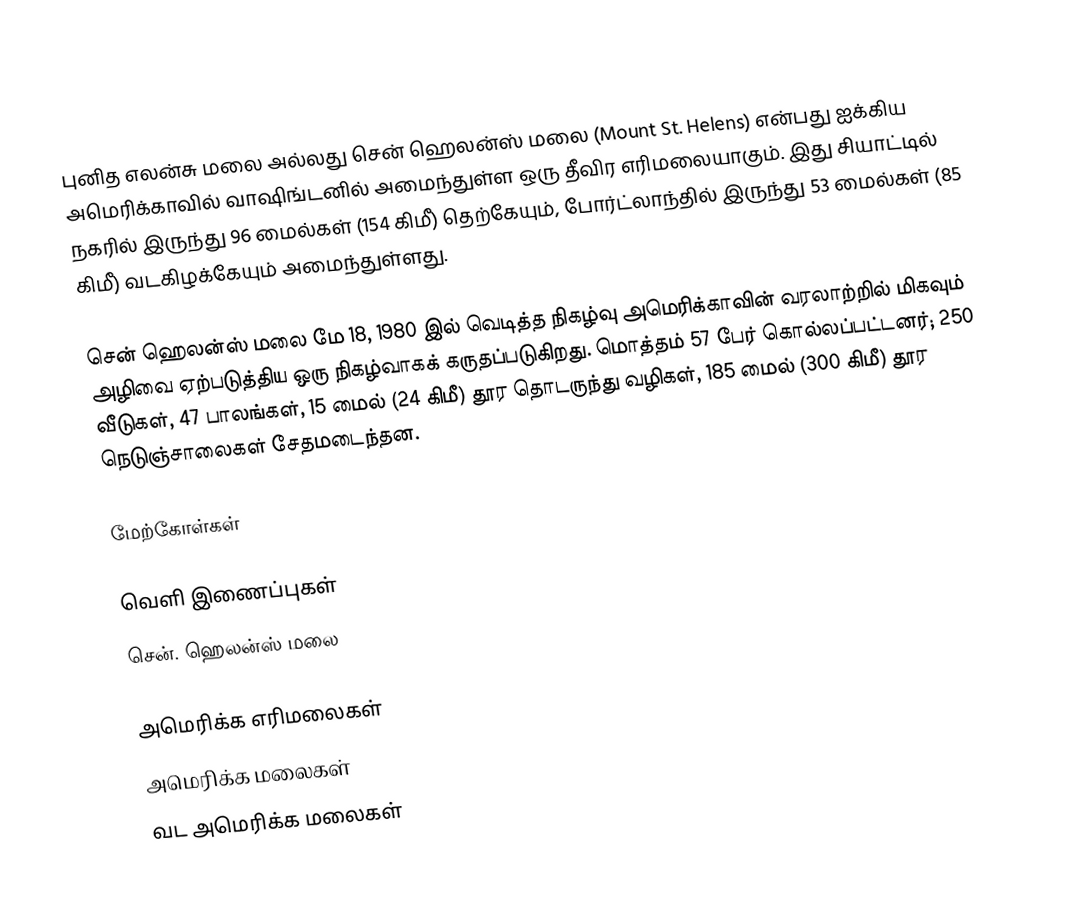
புனித எலன்சு மலை அல்லது சென் ஹெலன்ஸ் மலை (Mount St. Helens) என்பது ஐக்கிய அமெரிக்காவில் வாஷிங்டனில் அமைந்துள்ள ஒரு தீவிர எரிமலையாகும். இது சியாட்டில் நகரில் இருந்து 96 மைல்கள் (154 கிமீ) தெற்கேயும், போர்ட்லாந்தில் இருந்து 53 மைல்கள் (85 கிமீ) வடகிழக்கேயும் அமைந்துள்ளது.

சென் ஹெலன்ஸ் மலை மே 18, 1980 இல் வெடித்த நிகழ்வு அமெரிக்காவின் வரலாற்றில் மிகவும் அழிவை ஏற்படுத்திய ஒரு நிகழ்வாகக் கருதப்படுகிறது. மொத்தம் 57 பேர் கொல்லப்பட்டனர்; 250 வீடுகள், 47 பாலங்கள், 15 மைல் (24 கிமீ) தூர தொடருந்து வழிகள், 185 மைல் (300 கிமீ) தூர நெடுஞ்சாலைகள் சேதமடைந்தன.

மேற்கோள்கள்

வெளி இணைப்புகள்
 சென். ஹெலன்ஸ் மலை

அமெரிக்க எரிமலைகள்
அமெரிக்க மலைகள்
வட அமெரிக்க மலைகள்